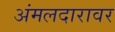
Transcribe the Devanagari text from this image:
अंमलदारावर